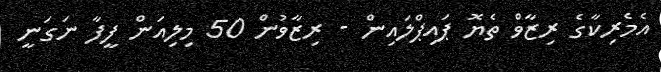
އެމެރިކާގެ ރިޒާވް ތެޔޮ ޕައިޕްލައިން - ރިޒާވުން 50 މިލިއަން ފީފާ ނަގަނީ